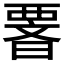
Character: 𭧆